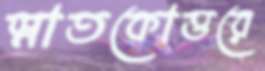
স্নাতকোত্তরে